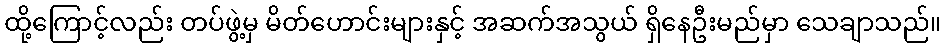
ထို့ကြောင့်လည်း တပ်ဖွဲ့မှ မိတ်ဟောင်းများနှင့် အဆက်အသွယ် ရှိနေဦးမည်မှာ သေချာသည်။